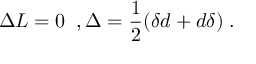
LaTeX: \Delta L = 0 \; \; , \Delta = \frac { 1 } { 2 } ( \delta d + d \delta ) \; .